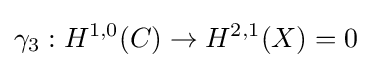
\gamma _{3}:H^{1,0}(C)\to H^{2,1}(X)=0